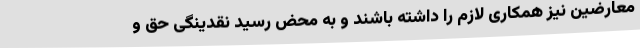
معارضین نیز همکاری لازم را داشته باشند و به محض رسید نقدینگی حق و